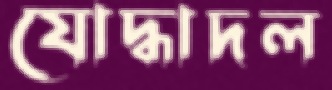
যোদ্ধাদল